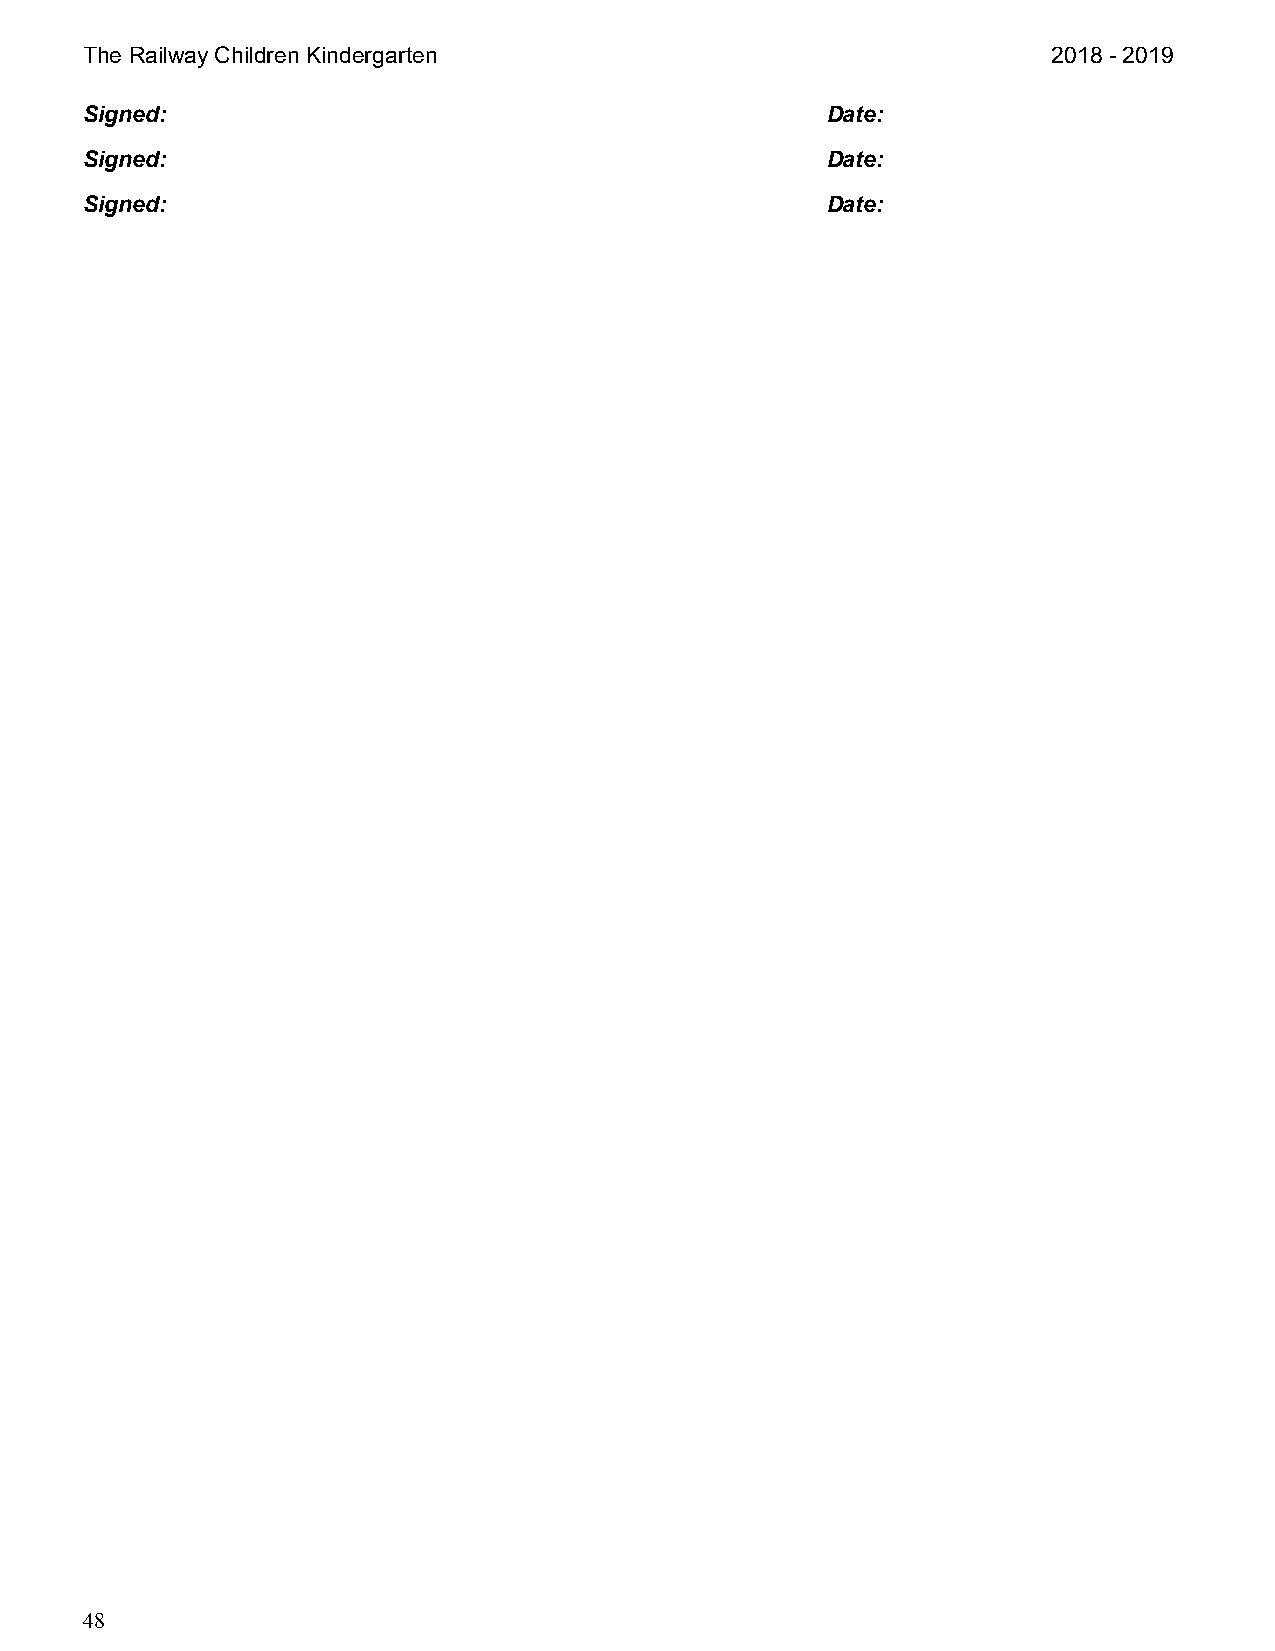
The Railway Children Kindergarten                                2018 - 2019
 Signed:                                           Date:
 Signed:                                           Date:
 Signed:                                           Date:
 48